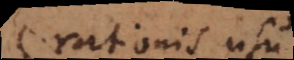
rationis usu